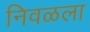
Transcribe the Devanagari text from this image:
निवळला